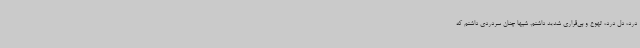
درد، دل درد، تهوع و بی‌قراری شدید داشتم. شبها چنان سردردی داشتم که